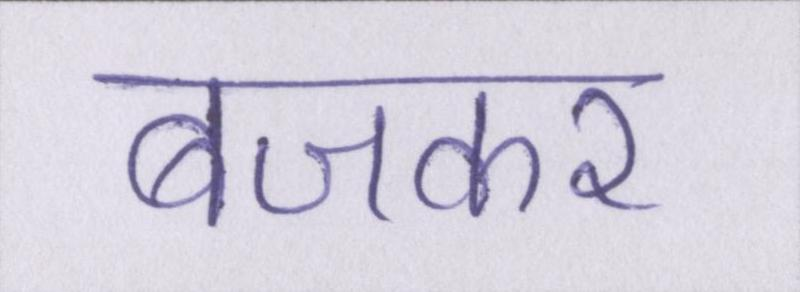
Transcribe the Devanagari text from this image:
बजकर